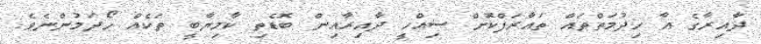
ދާއިރާގެ އާ ހިދުމަތްތައް ތައާރަފްކޮށް ސިއްހީ ދާއިރާއިން ބޮޑެތި ކާމިޔާބީ ތަކެއް ހޯދަމުންނެވެ.